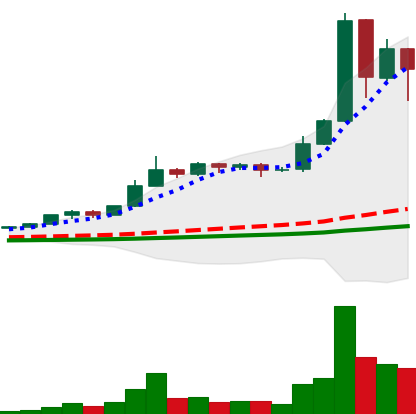
Ticker: BNB-USD
Chart end date: 2021-02-22
Forward return: -15.798%
Label: down_7plus